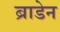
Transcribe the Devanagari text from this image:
ब्राडेन